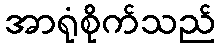
အာရုံစိုက်သည်